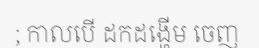
; កាលបើ ដកដង្ហើម ចេញ